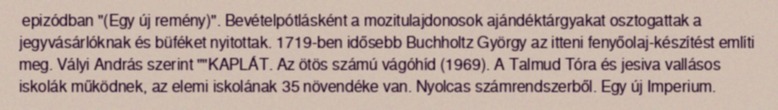
epizódban "(Egy új remény)". Bevételpótlásként a mozitulajdonosok ajándéktárgyakat osztogattak a jegyvásárlóknak és büféket nyitottak. 1719-ben idősebb Buchholtz György az itteni fenyőolaj-készítést említi meg. Vályi András szerint ""KAPLÁT. Az ötös számú vágóhíd (1969). A Talmud Tóra és jesiva vallásos iskolák működnek, az elemi iskolának 35 növendéke van. Nyolcas számrendszerből. Egy új Imperium.